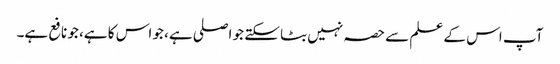
آپ اس کے علم سے حصہ نہیں بٹا سکتے جو اصلی ہے، جو اس کا ہے، جو نافع ہے۔